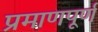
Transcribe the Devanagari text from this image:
प्रमाणपूर्ण